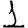
Digit: 1